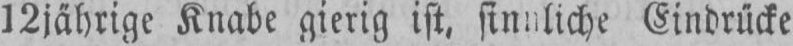
12jährige Knabe gierig ist, sinnliche Eindrücke